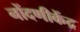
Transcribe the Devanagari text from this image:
नोंदणीकेंद्र